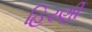
હિરણી